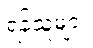
ရန်သူများ